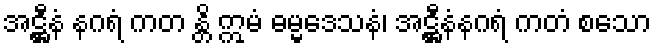
အဋ္ဌီနံ နဂရံ ကတ န္တိ ဣမံ ဓမ္မဒေသနံ၊ အဋ္ဌီနံနဂရံ ကတံ စသော